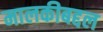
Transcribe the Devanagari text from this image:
मालकीबद्दल